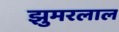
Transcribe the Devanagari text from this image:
झुमरलाल